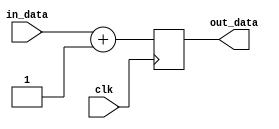
module Add_4(
input             clk,
input   [31:0]    in_data,

output  [31:0]    out_data
);
reg     [31:0]   out_reg;

always @(posedge clk)
begin
    out_reg = in_data + 1;
end

assign out_data = out_reg;
endmodule